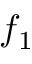
f _ { 1 }